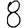
Digit: 8